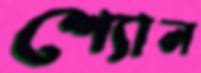
শ্যোন